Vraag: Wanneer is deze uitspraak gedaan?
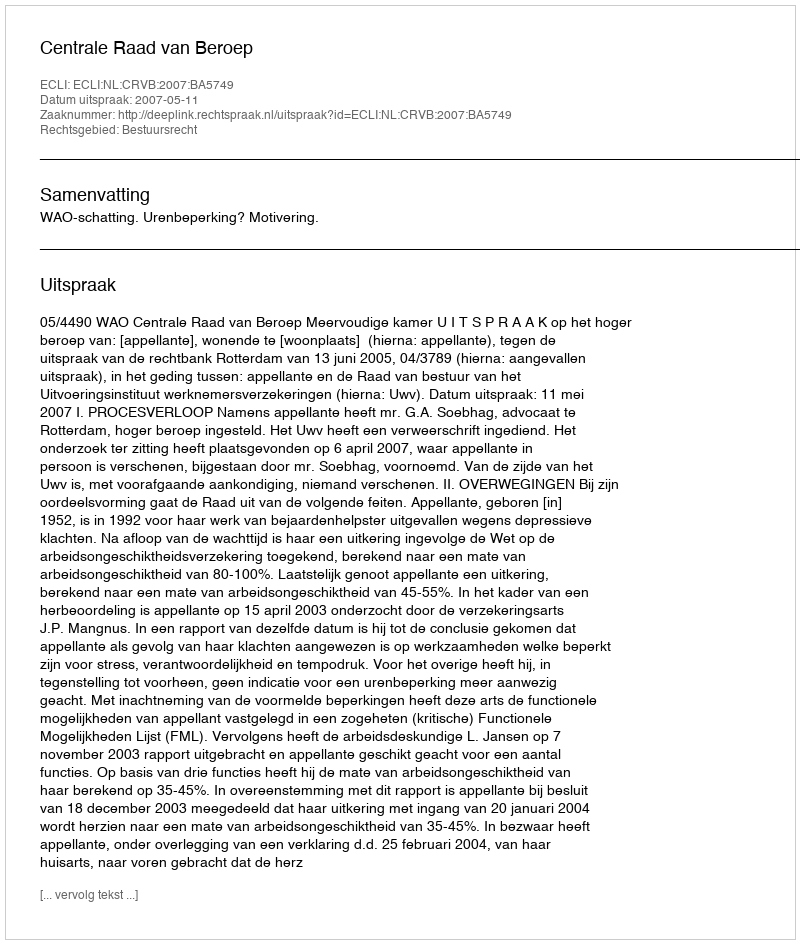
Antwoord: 2007-05-11